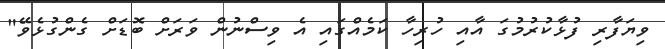
ވިޔަފާރި ފުޅާކުރުމުގަ އާއި ހުރިހާ ކަމެއްގައި އެ ވިސްނުން ވަރަށް ބޮޑަށް ގެންގުޅެވޭ"